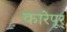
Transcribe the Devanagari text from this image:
कारेपूर्